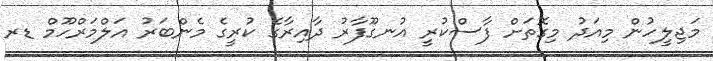
މަޖިލީހުން މިއަދު މިގޮތަށް ފާސްކުރީ އުނގޫފާރު ދާއިރާގެ ކުރީގެ މެންބަރު އަލްމަރްހޫމް ޑރ